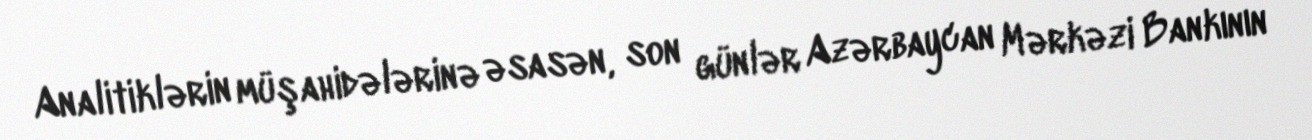
Analitiklərin müşahidələrinə əsasən, son günlər Azərbaycan Mərkəzi Bankının